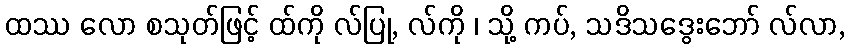
ထဿ လော စသုတ်ဖြင့် ထ်ကို လ်ပြု, လ်ကို ၊ သို့ ကပ်, သဒိသဒွေးဘော် လ်လာ,